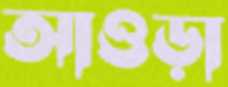
আওড়া